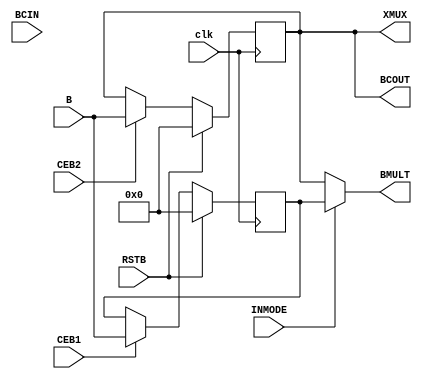
module DualRegB #(parameter BREG = 1, //Number of pipeline stages for input B (BREG =1 -> B2 is used)
 BCASCREG = 1, //Number of pipeline stages for BCOUT cascade datapath(<= BREG)
 B_INPUT = "Direct" // B is used , "Cascade" -> use BCIN
)(
input clk,
input RSTB, //synchronous rst
input CEB1,
input CEB2,
input INMODE, //INMODE[4] considered when BREG = 1,2: 0 -> BMULT = B2 ,1-> BMULT = B1
input [17:0] B,
input [17:0] BCIN,
output [17:0] BCOUT,
output [17:0] XMUX,
output [17:0] BMULT
);

 reg [17:0] B1,B2;
 wire [17:0] B1_In, B2_In, B2_MUX_OUT;
 //Reg B1
 assign B1_In = (B_INPUT == "Direct")? B:(B_INPUT == "Cascade")? BCIN : B;

 always @(posedge clk) begin
 if (RSTB || BREG == 'b0) begin
 B1 <= 'b0;
 end
 else if (CEB1) begin
 B1 <= B1_In;
 end
 end

 //Reg B2
 assign B2_In = (BREG == 'b10)? B1:B1_In;

 always @(posedge clk) begin
 if (RSTB || BREG == 'b0) begin
 B2 <= 'b0;
 end
 else if (CEB2) begin
 B2 <= B2_In;
 end
 end
assign B2_MUX_OUT = (BREG == 'b0)? B2_In:B2;
assign BMULT = INMODE ? B1:B2_MUX_OUT;
assign XMUX = B2_MUX_OUT;
assign BCOUT = (BCASCREG == BREG)? B2_MUX_OUT: B1;
endmodule